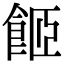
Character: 𩛉